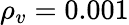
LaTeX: {\rho_{v}}=0.001